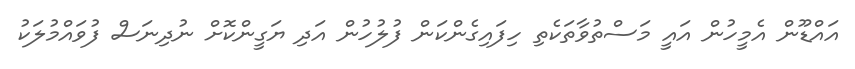
އައްޑޫން އެމީހުން އައީ މަސްތުވާތަކެތި ހިފައިގެންކަން ފުލުހުން އަދި ޔަގީންކޮށް ނުދިނަސް ފުވައްމުލަކު